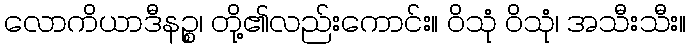
လောကိယာဒီနဉ္စ၊ တို့၏လည်းကောင်း။ ဝိသုံ ဝိသုံ၊ အသီးသီး။